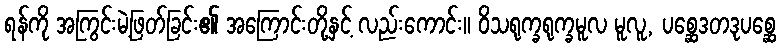
ရန်ကို အကြွင်းမဲ့ဖြတ်ခြင်း၏ အကြောင်းတို့နှင့် လည်းကောင်း။ ဝိသရုက္ခရုက္ခမူလ မူလူ, ပစ္ဆေဒတဒုပစ္ဆေ